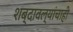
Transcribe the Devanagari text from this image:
शब्दावल्यांचाही